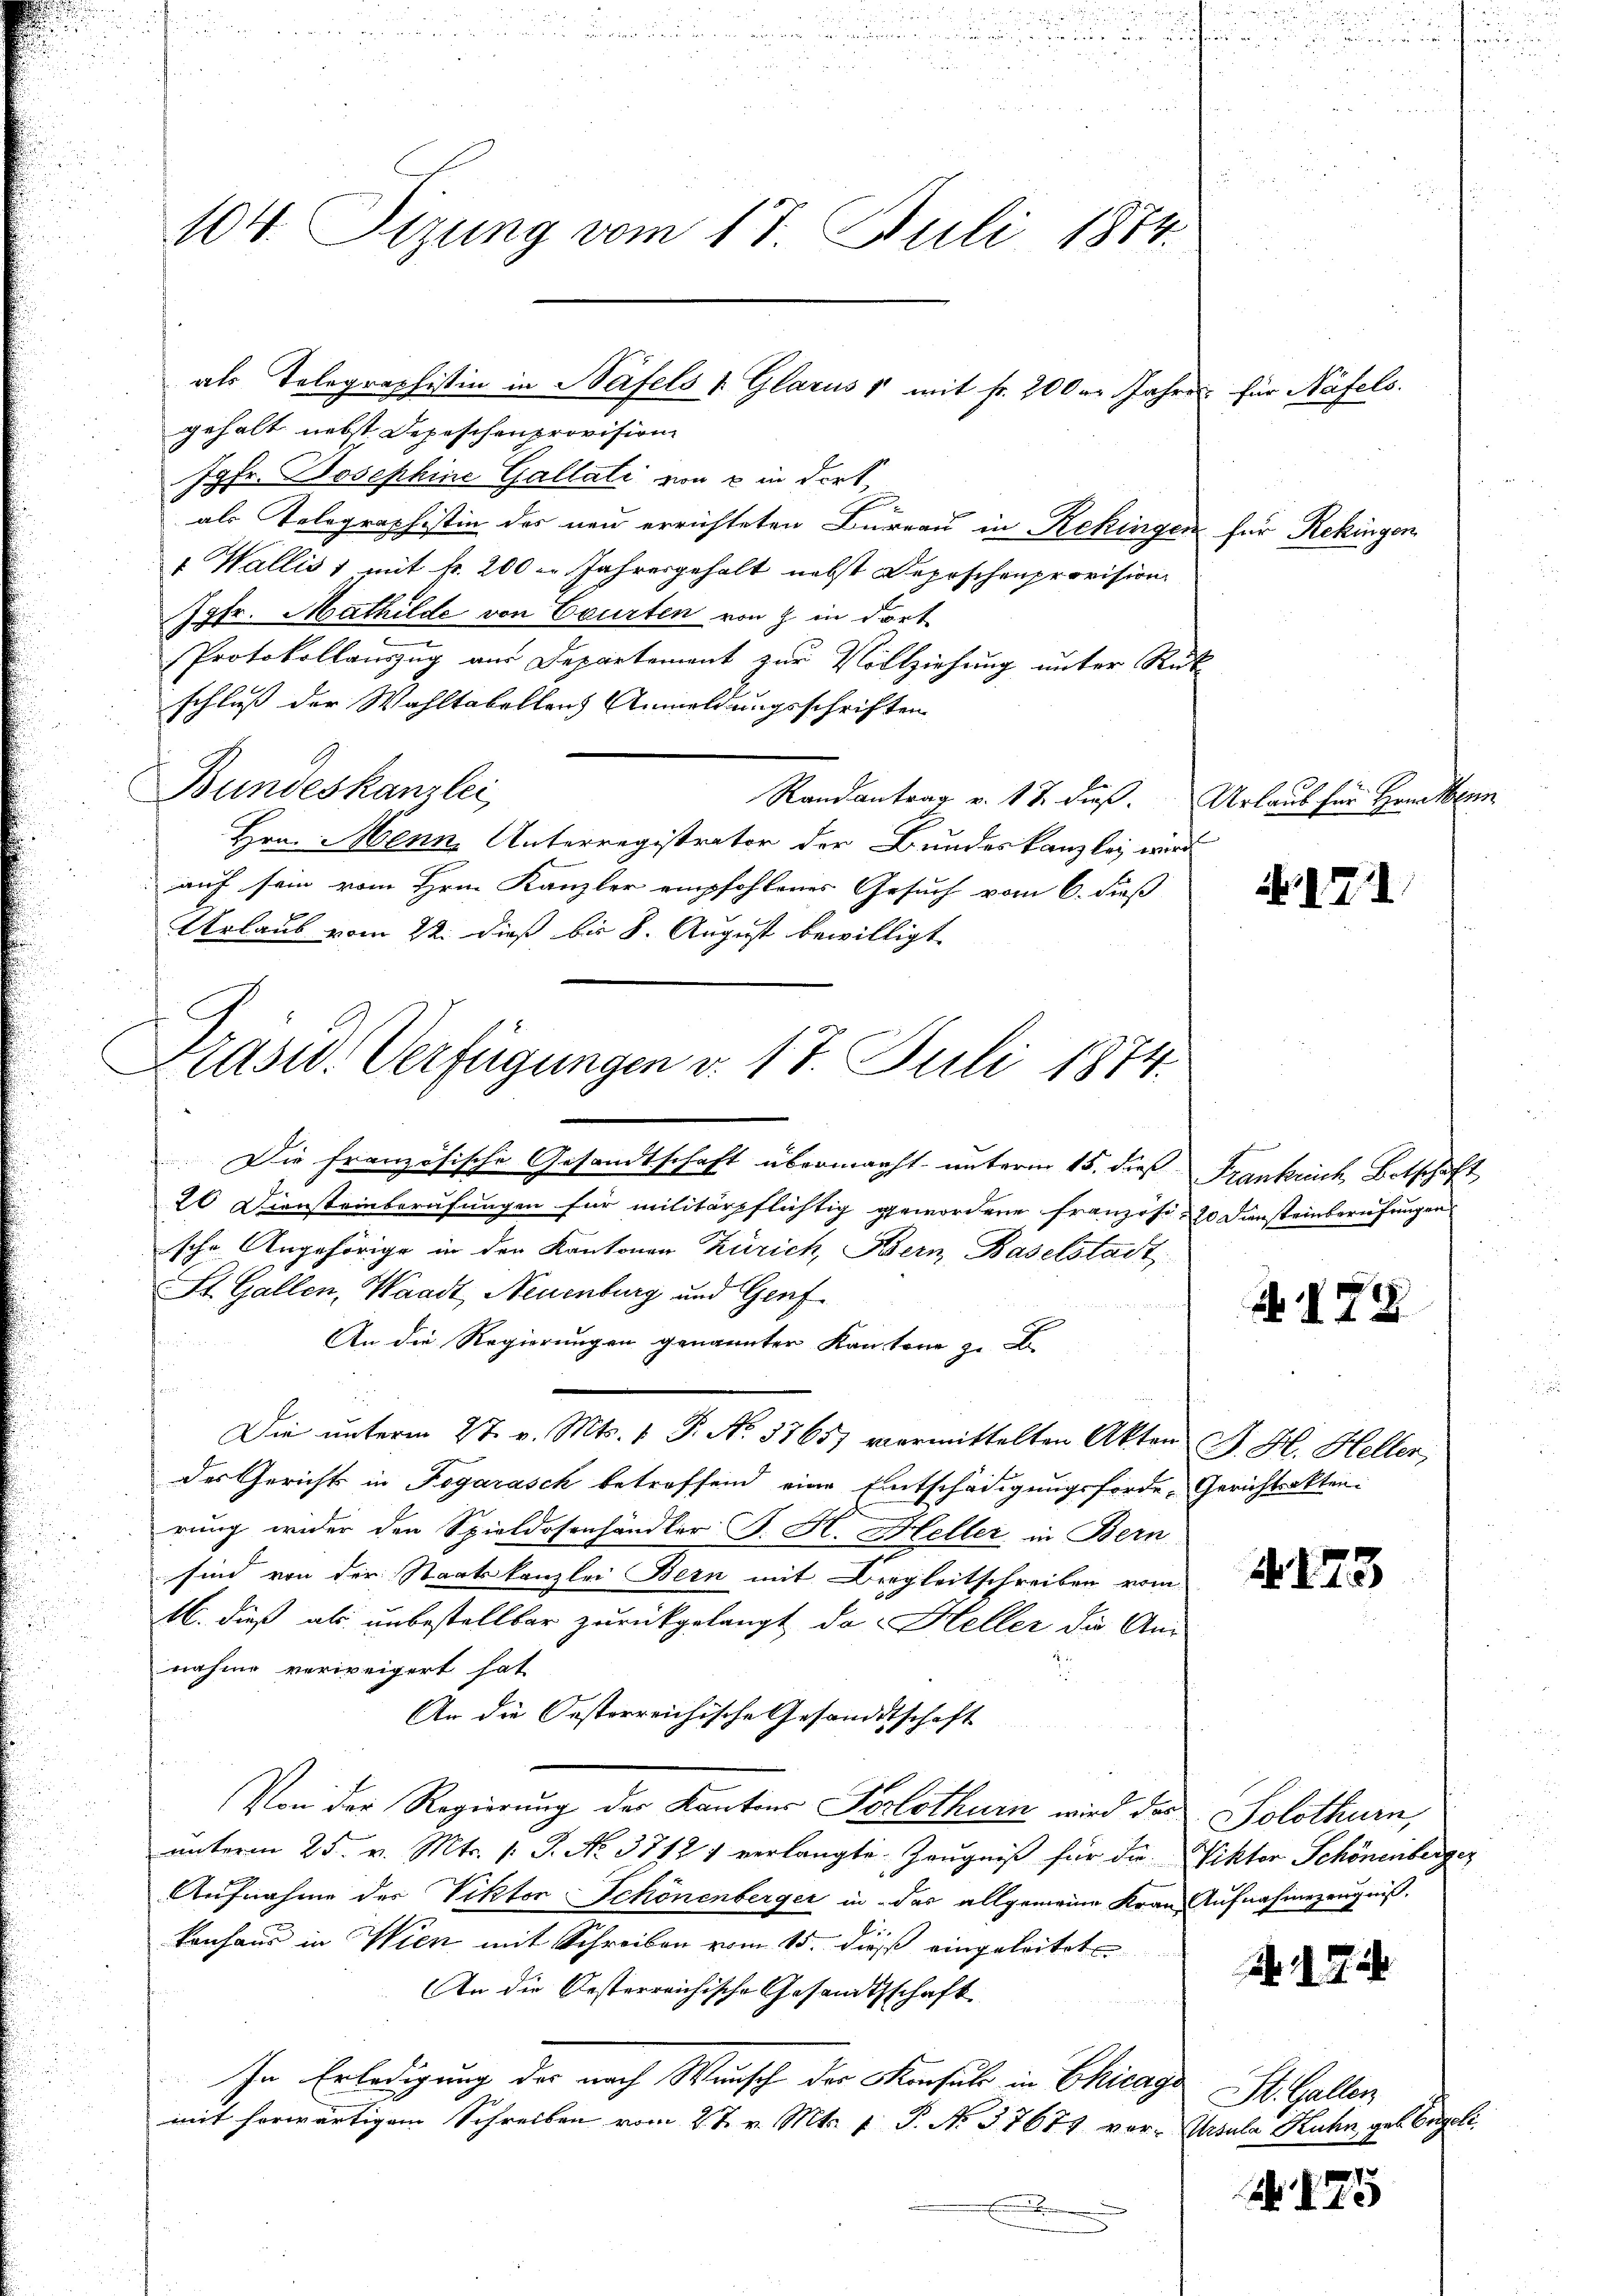
gehalt nebst Depeschenprovision
Jgfr. Josephine Gallati von 8 in dort,
als Telegraphistin des neu errichteten Bureau in Rekingen für Rekingen
 Wallis 1 mit k. 200 u. Jahresgehalt nebst Depeschenprovision
Jgfr. Mathilde von Courten von 2 in dort
Protokollauszug aus Departement zur Vollziehung unter Rück
schluß der Wahltabellons Anmeldungsschriften
Bundeskanzlei
Randantrag v. 17. dieß. Urlaub für Handten
Hrn. Menn, Unterregistrator der Bundeskanzlei wird
auf sein vom Hrn. Kanzler empfohlenes Gesuch vom 6. dieß
Urlaub vom 22. dieß bis 8. August bewilligt
Die französische Gesandtschaft übermacht unterm 15. dieß Frankreich Botschaft
20 Diensteinberufungen für militärpflichtig gewordene Französi-20 Diensteinberufungen
sche Angehörige in den Kantonen Zürich, Bern Baselstadt
St. Gallen, Waadt, Neuenburg und Genf¬
An die Regierungen genannten Kantone zu B
f
Die unterm 27. v. Mts. v. P. No. 3765) vermittelten Akten
des Gerichts in Fogarasch betreffend eine Entschädigungsforde-Gerichtsakten.
rung wider den Spieldosonhändler B. H. Heller in Bern
sind von der Staatskanzlei Bern mit Bregleitschreiben vom
16. dieß als unbestellbar zurückgelangt da Heller die Annahme verweigert hat.
.
An die Oesterreichische Gesandtschaft
Von der Regierung der Kantons Porlothurn wird des Solothurn,
ŭnterm 25. v. Mts. 1. P. No. 37121 verlangte Zeugniß für die Viktor Schönenberger
Aufnahme des Viktor-Schönenberger in der allgemeine Kran Aufnahmerzeugniß.
kenhaus in Wien mit Schreiben vom 15. dieß eingeleitet
An die Besterreichische Gesandtschaft
In Erledigung der nach Wunsch der Konsul in Chicago St. Gallen
mit herwärtigem Schreiben vom 27. v. Mts. f. P. N. 37674 vor- Ursula Kuhn, geb. Engeli
.

104. Tizung vom 17. Juli 1884.

als Telegraphistin in Näfels & Glarus & mit fr. 200er Jahres für Näfels.

Plast. Verfügungen v. 17. Juli 1874.

Nr. 1711

N 178

B. H. Heller,

4173

17

175